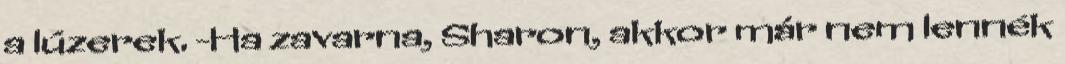
a lúzerek. -Ha zavarna, Sharon, akkor már nem lennék